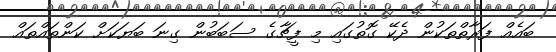
ބައެއް ފަރާތްތަކުން ދެކޭ ގޮތުގައި މި ފީޗާގެ ސަބަބުން ގިނަ ބަޔަކަށް ކަންތައްތައް